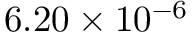
6 . 2 0 \times 1 0 ^ { - 6 }